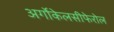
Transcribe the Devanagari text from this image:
अर्गोकेलसीफेरोल